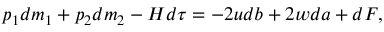
p _ { 1 } d m _ { 1 } + p _ { 2 } d m _ { 2 } - H d \tau = - 2 u d b + 2 w d a + d F ,